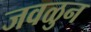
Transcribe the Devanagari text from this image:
जवळुन